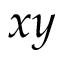
x y